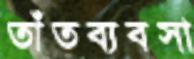
তাঁতব্যবসা